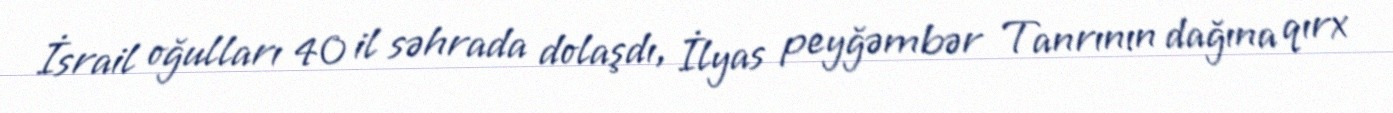
İsrail oğulları 40 il səhrada dolaşdı, İlyas peyğəmbər Tanrının dağına qırx